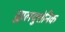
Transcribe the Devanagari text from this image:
ह्यालयुरोनिक